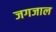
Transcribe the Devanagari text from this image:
जगजाल